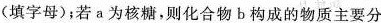
(填字母)；若a为核糖，则化合物b构成的物质主要分